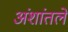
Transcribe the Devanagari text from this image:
अंशांतले